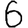
Digit: 6